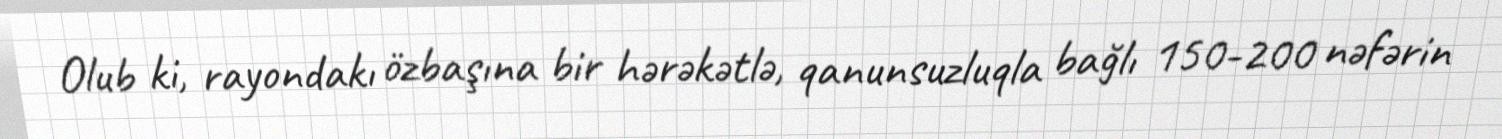
Olub ki, rayondakı özbaşına bir hərəkətlə, qanunsuzluqla bağlı 150-200 nəfərin